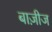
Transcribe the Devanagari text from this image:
बाज़ीज